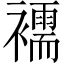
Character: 襦